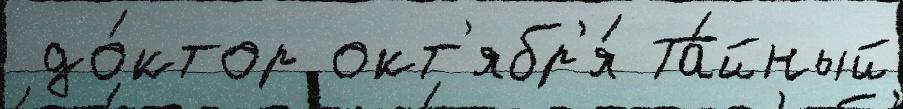
 до́ктор окт'ябр'я́ Та́йный